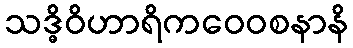
သဒ္ဓိဝိဟာရိကဝေဝစနာနိ